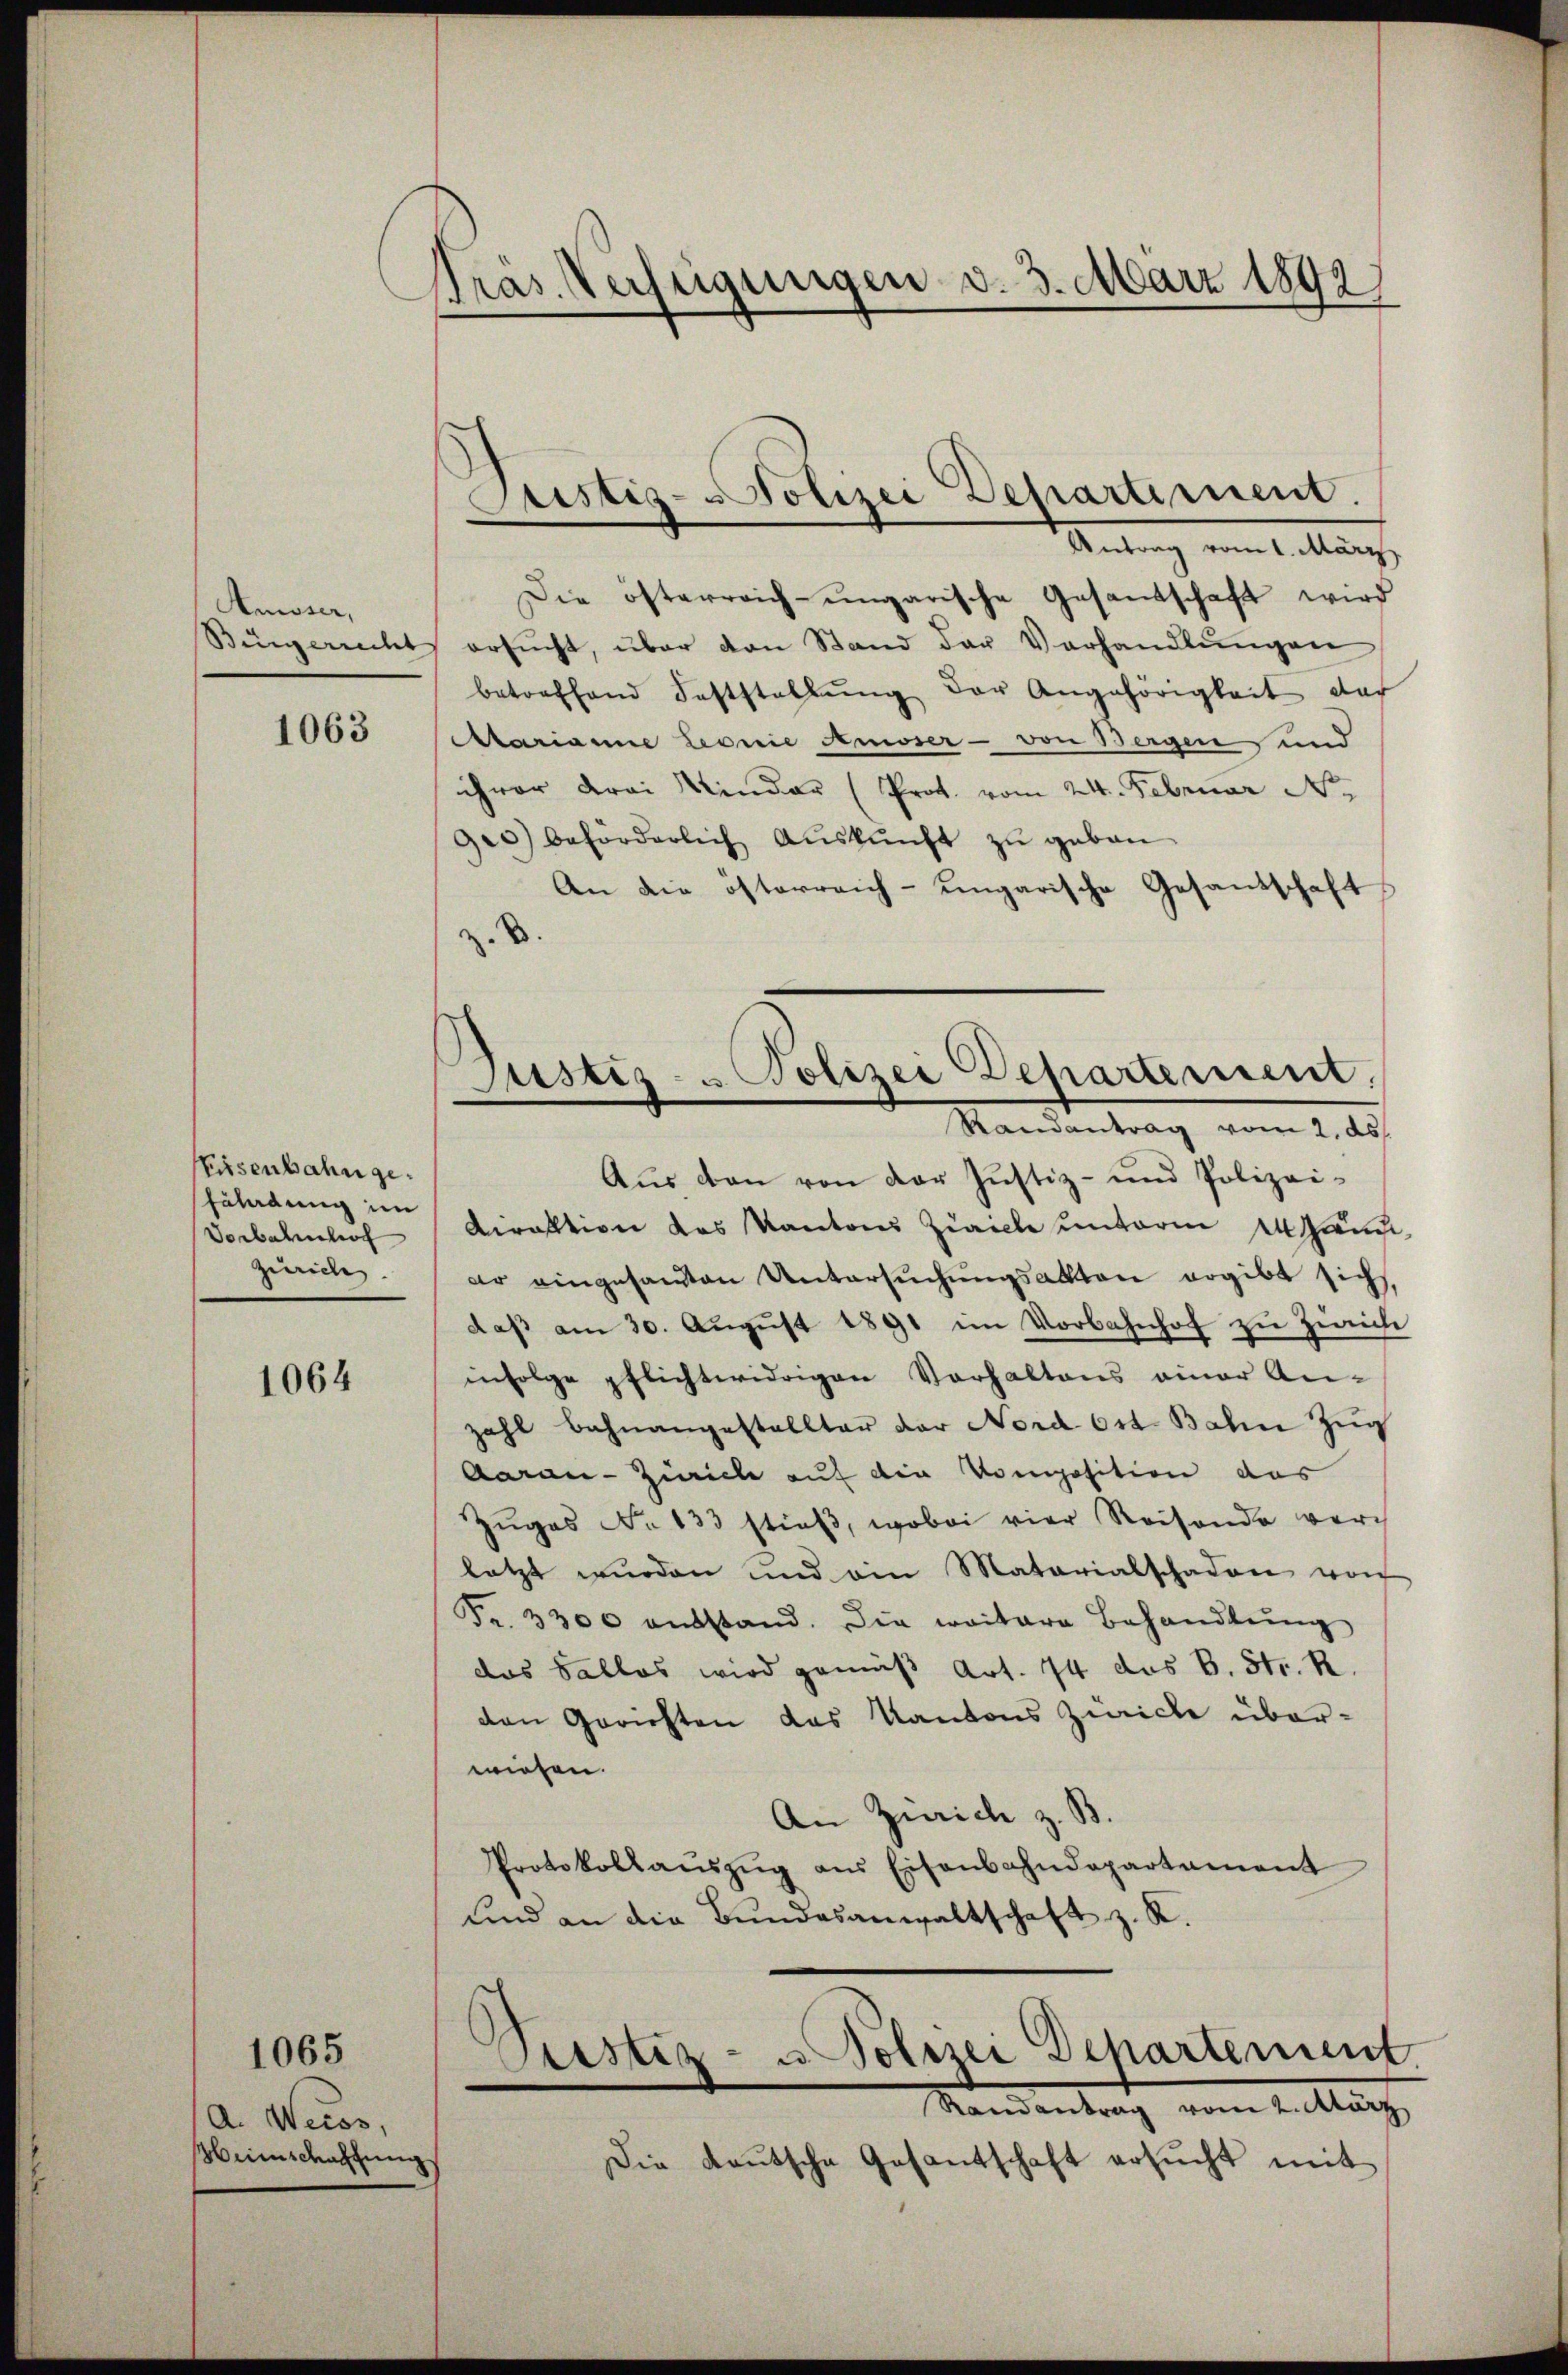
Amoser,
Bürgerrecht

1063

Eisenbahnge¬
Füladung im
Verbahnhof
Zürich.

1064

a. Weiss,
Menschaftung

1065

Tras. Verfügungen d. 3. März 1892

B.

Justiz-Polizei Departement.

Antrag vom 1. März
Die österreich-ungarische Gesandschaft wird
ersŭcht, über den Stand der Verhandlŭngen
betreffend Feststellŭng der Angehörigkeit der
Marianne Leonie Amoser - von Bergen und
ihrer drei Minder (Prot. vom 24. Februar N
9e) beförderlich Auskunft zu geben
An die österreich-ungarische Gesantschaft
Aŭs von von der Justiz- und Polizei-
Diraktion das Kantons Ziville unterm 14 an
dr eingesandten Untersuchungsakten ergibt sich,
daβ am 30. Aŭgŭst 1891 im Vorbahnhof zŭ Zürich
infolge pflichtwidrigen Vorhaltens einer An-
zahl bahnangestallter der Nord 631. Bahn Zug
Aarau - Zürich auf die Komposition das
Zŭgas No 133 stieß, wobei vier Reisende vorh
letzt wurden und ain Matarialschaden von
Fr. 3300 ausstand. Die weitere Behandlung
das Sallos wird gemäß Art. 74 das B. Str. R.
den Gerichten das Kantons Zwicke überwiesen.
An Zürich z. B.
Protokollaŭszŭg aŭs Eisenbahndepartament
und an die Bundesanwaltschaft z. R.

Justiz- u Polizei Departement.
Ramantrag vom 2. ds.

Peestiz- u Polizei Departement

Randantrag vom 1. März
Die Lautsche Gesantschaft ersŭcht mit